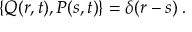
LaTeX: \left\{ Q ( r , t ) , P ( s , t ) \right\} = \delta ( r - s ) \; .